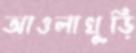
আওলাখুড়ি